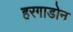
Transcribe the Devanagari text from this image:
हरगाडोन